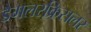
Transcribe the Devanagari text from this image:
डैमलरक्रिसलर